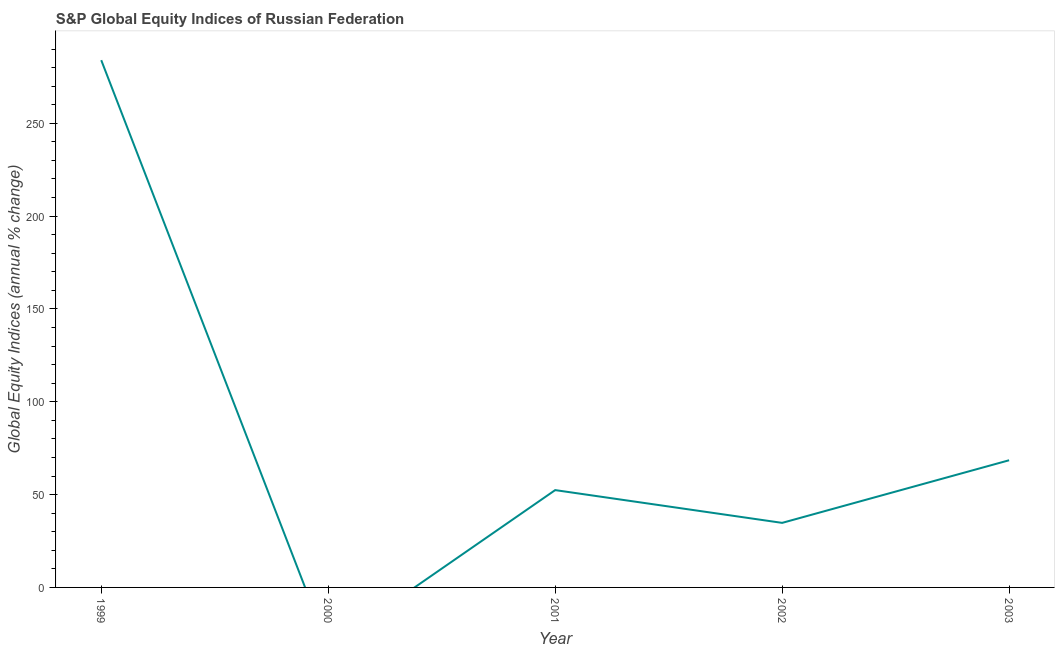
| Year | S&P Global Equity Indices |
 | --- | --- |
 | 1999 | 284 |
 | 2000 | -32.2 |
 | 2001 | 52.4 |
 | 2002 | 34.8 |
 | 2003 | 68.5 |